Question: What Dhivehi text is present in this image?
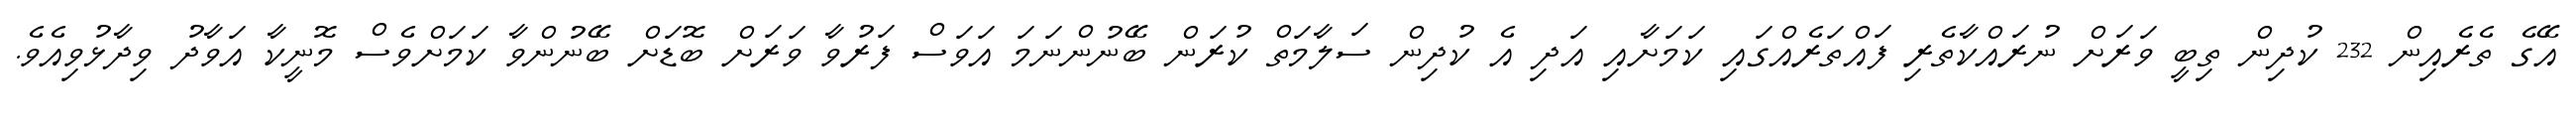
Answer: އޭގެ ތެރެއިން 232 ކުދިން ތިބީ ވަރަށް ނުރައްކާތެރި ފައްތަރެއްގައި ކަމަށާއި އަދި އެ ކުދިން ސަލާމަތް ކުރަން ބޭނުންނަމަ އަވަސް ފަރުވާ ވަރަށް ބޮޑަށް ބޭނުންވާ ކަމަށްވެސް މޮނީކާ އަވާދު ވިދާޅުވިއެވެ.